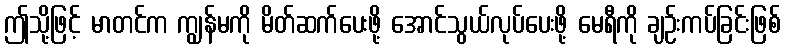
ဤသို့ဖြင့် မာတင်က ကျွန်မကို မိတ်ဆက်ပေးဖို့ အောင်သွယ်လုပ်ပေးဖို့ မေရီကို ချဉ်းကပ်ခြင်းဖြစ်